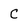
Character: C